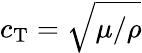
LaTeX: c_{\mathrm{T}}=\sqrt{\mu/\rho}